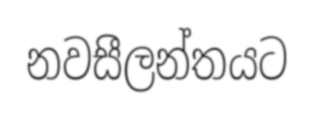
නවසීලන්තයට